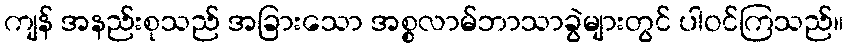
ကျန် အနည်းစုသည် အခြားသော အစ္စလာမ်ဘာသာခွဲများတွင် ပါဝင်ကြသည်။